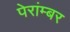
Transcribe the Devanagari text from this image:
पेरांम्बर